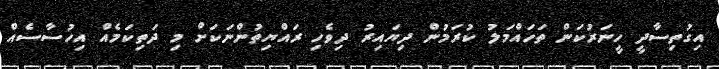
އިގުތިސާދީ ހީނަރުކަން ތަހައްމަލު ކުރަމުން ދިޔައިރު ދިވެހި ރައްޔިތުންނަކަށް މި ދަތިކަމެއް އިހުސާސެއް